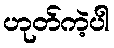
ဟုတ်ကဲ့ပါ